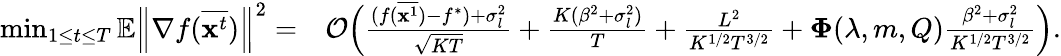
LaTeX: \begin{array}{rl}{\operatorname*{min}_{1\le t\le T}\mathbb{E}\left\| \nabla f(\overline{{\mathbf{x}^{t}}})\right\| ^{2}=}&{\mathcal{O}\Big(\frac{(f(\overline{{{\mathbf x}^{1}}})-f^{*})+\sigma_{l}^{2}}{\sqrt{KT}}+\frac{K(\beta^{2}+\sigma_{l}^{2})}{T}+\frac{L^{2}}{K^{1/2}T^{3/2}}+{\mathbf\Phi}(\lambda,m,Q)\frac{\beta^{2}+\sigma_{l}^{2}}{K^{1/2}T^{3/2}}\Big).}\end{array}